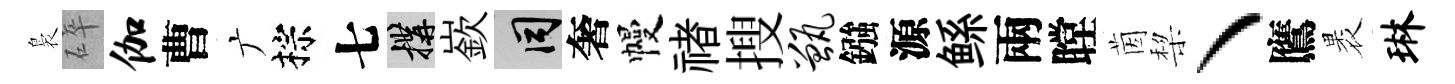
裊碎伽曹广棕七構嶔间奢幔禇搜甑鏹源鲧兩瞠茵棃丶鷹褁琳